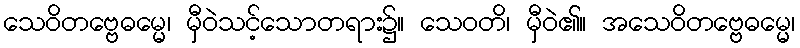
သေဝိတဗ္ဗေဓမ္မေ၊ မှီဝဲသင့်သောတရား၌။ သေဝတိ၊ မှီဝဲ၏။ အသေဝိတဗ္ဗေဓမ္မေ၊